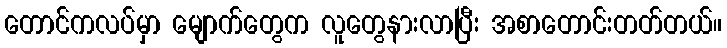
တောင်ကလပ်မှာ မျောက်တွေက လူတွေနားလာပြီး အစာတောင်းတတ်တယ်။